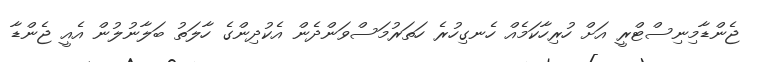
ޖެންޑާމިނިސްޓްރީ އަށް ހުރިހާކަމެއް ހެނގިހުރެ ހަތަރުމަސްވަންދެން އެކުދިންގެ ހާލަތު ބަލާނުލުން އެއީ ޖެންޑާ